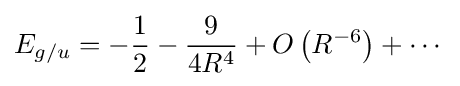
E_{g/u}=-{\frac {1}{2}}-{\frac {9}{4R^{4}}}+O\left(R^{-6}\right)+\cdots